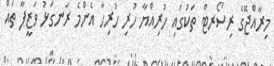
މިރާއްޖޭގެ ރިސޯރޓް ތަކުގައި ހުރިއްޔާ ހުރި ހުރިހާ އެންމެ ރަނގަޅު ވަޒީފާ ތައް